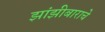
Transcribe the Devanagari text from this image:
झांझीबाराचे